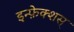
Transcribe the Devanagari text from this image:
इन्फ़ेक्शस्